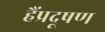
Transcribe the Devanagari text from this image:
हैंप्रदूषण